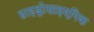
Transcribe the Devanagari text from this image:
हाइड्रोसाइएनिक